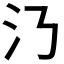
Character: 𣱴